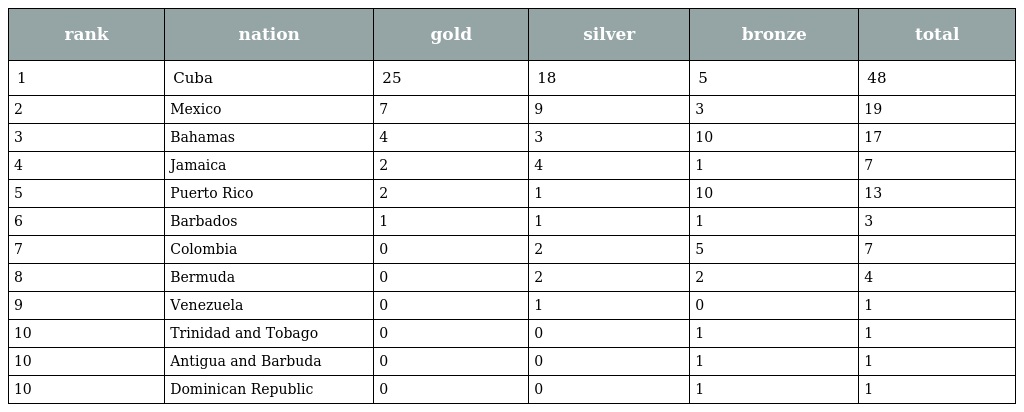
| rank | nation | gold | silver | bronze | total |
 | --- | --- | --- | --- | --- | --- |
 | 1 | Cuba | 25 | 18 | 5 | 48 |
 | 2 | Mexico | 7 | 9 | 3 | 19 |
 | 3 | Bahamas | 4 | 3 | 10 | 17 |
 | 4 | Jamaica | 2 | 4 | 1 | 7 |
 | 5 | Puerto Rico | 2 | 1 | 10 | 13 |
 | 6 | Barbados | 1 | 1 | 1 | 3 |
 | 7 | Colombia | 0 | 2 | 5 | 7 |
 | 8 | Bermuda | 0 | 2 | 2 | 4 |
 | 9 | Venezuela | 0 | 1 | 0 | 1 |
 | 10 | Trinidad and Tobago | 0 | 0 | 1 | 1 |
 | 10 | Antigua and Barbuda | 0 | 0 | 1 | 1 |
 | 10 | Dominican Republic | 0 | 0 | 1 | 1 |